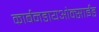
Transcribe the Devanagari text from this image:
कार्बनडायओक्साईड